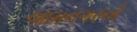
જામનગરનો